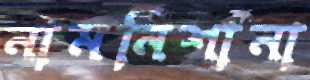
নামনিশানা